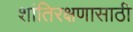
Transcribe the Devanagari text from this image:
शांतिरक्षणासाठी